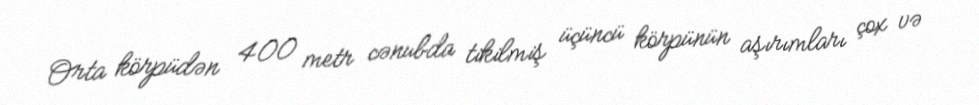
Orta körpüdən 400 metr cənubda tikilmiş üçüncü körpünün aşırımları çox və